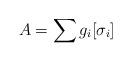
LaTeX: \begin{align*} A = \sum g_i [\sigma_i]\end{align*}